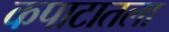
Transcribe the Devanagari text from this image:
कपाटातला